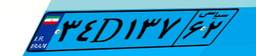
۲۸D۶۵۹۰۷